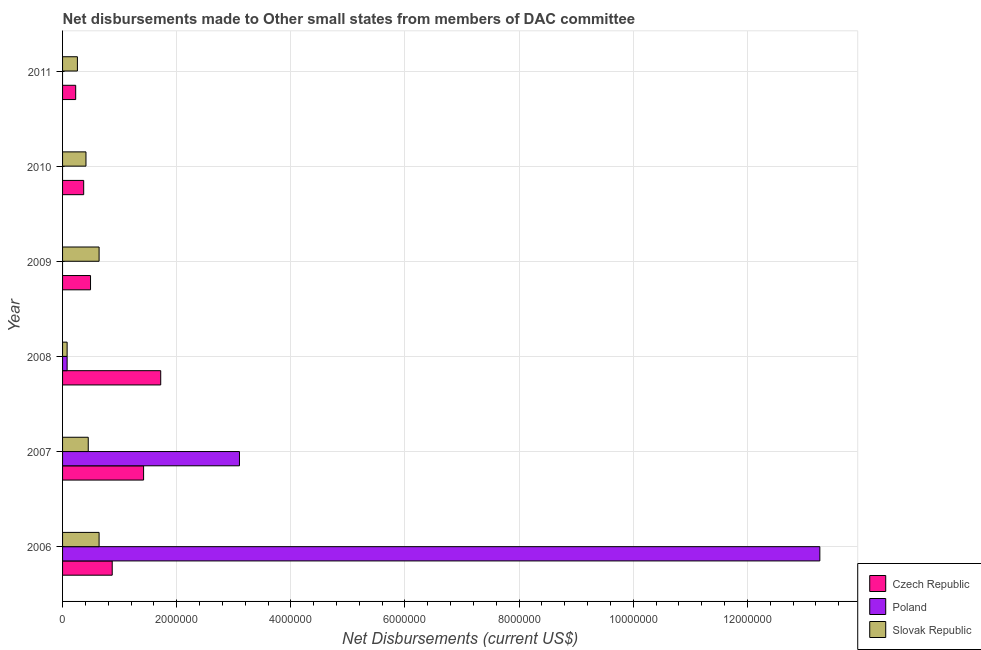
| Year | Czech Republic | Poland | Slovak Republic |
 | --- | --- | --- | --- |
 | 2006 | 8.7e+05 | 1.33e+07 | 6.4e+05 |
 | 2007 | 1.42e+06 | 3.1e+06 | 4.5e+05 |
 | 2008 | 1.72e+06 | 8e+04 | 8e+04 |
 | 2009 | 4.9e+05 | -7.9e+05 | 6.4e+05 |
 | 2010 | 3.7e+05 | -9.3e+05 | 4.1e+05 |
 | 2011 | 2.3e+05 | -8.8e+05 | 2.6e+05 |